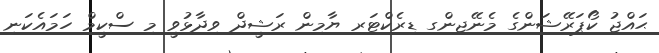
ޙައްޖު ކޯޕަރޭޝަންގެ މެނޭޖިންގ ޑިރެކްޓަރ ޔާމިން ރަޝީދް ވިދާޅުވީ މި ސްކީމް ހަމައެކަނި